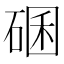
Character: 碅